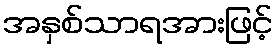
အနှစ်သာရအားဖြင့်